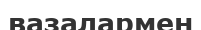
вазалармен